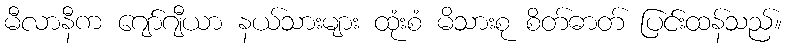
မီလာနီက ဂျော်ဂျီယာ နယ်သားများ ထုံးစံ မိသားစု စိတ်ဓာတ် ပြင်းထန်သည်။